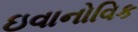
ઇવાનોવિક